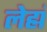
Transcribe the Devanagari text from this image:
लेह्मं